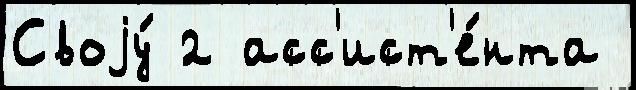
Своjу́ 2 асс'ист'е́нта